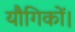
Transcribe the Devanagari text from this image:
यौगिकों।